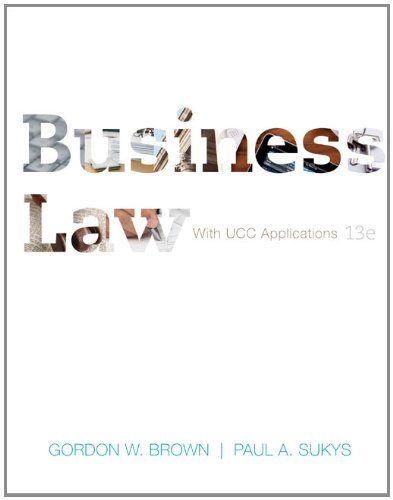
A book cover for Business Law with UCC Applications Student Edition; Gordon Brown; Law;